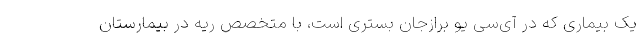
یک بیماری که در آی‌سی یو برازجان بستری است، با متخصص ریه در بیمارستان